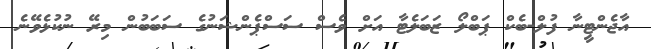
އާޖެންޓީނާ ފުލް-ބެކް ޕަބްލޯ ޒަބަލެޓާ އަށް ވެސް ސަސްޕެންޝަނުގެ ސަބަބުން މިރޭ ނުކުޅެވޭނެ